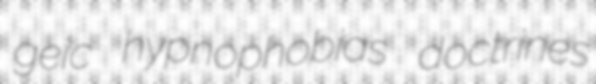
geic hypnophobias doctrines